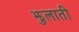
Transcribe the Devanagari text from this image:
झुलाती